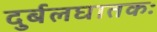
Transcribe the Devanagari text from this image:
दुर्बलघातकः